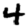
Digit: 4